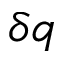
\delta \boldsymbol { q }